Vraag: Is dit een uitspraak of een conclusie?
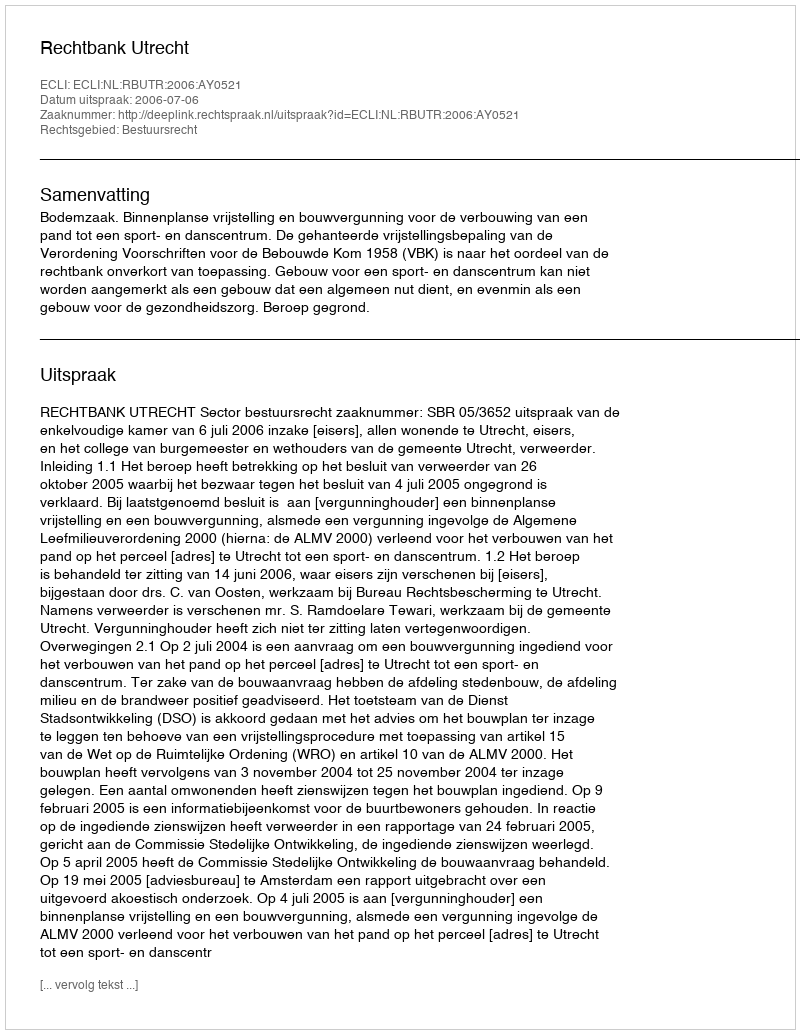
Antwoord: Uitspraak